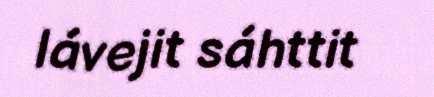
lávejit sáhttit